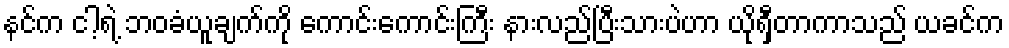
နင်က ငါ့ရဲ့ ဘဝခံယူချက်ကို ကောင်းကောင်းကြီး နားလည်ပြီးသားပဲဟာ ယိုရှီတာကာသည် ယခင်က